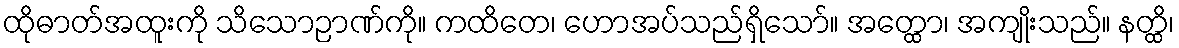
ထိုဓာတ်အထူးကို သိသောဉာဏ်ကို။ ကထိတေ၊ ဟောအပ်သည်ရှိသော်။ အတ္ထော၊ အကျိုးသည်။ နတ္ထိ၊